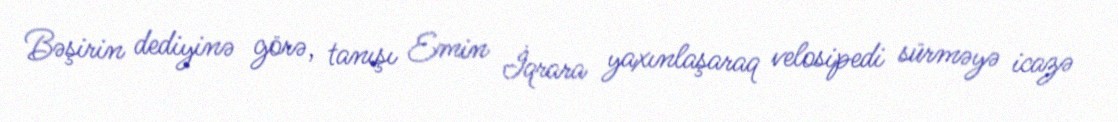
Bəşirin dediyinə görə, tanışı Emin İqrara yaxınlaşaraq velosipedi sürməyə icazə